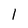
Character: I